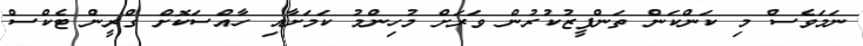
ނަމަވެސް މި ކަންކަން ތަންފީޒުކުރުން ވަރަށް މުހިންމު ކަމަށާއި ހާއްސަކޮށް ގްރީން ޓެކްސް